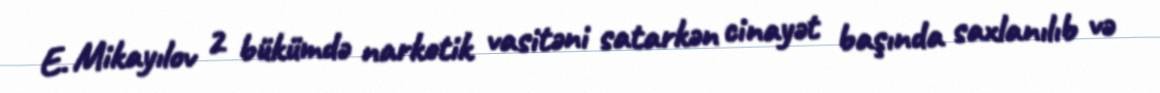
E. Mikayılov 2 bükümdə narkotik vasitəni satarkən cinayət başında saxlanılıb və